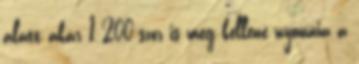
alatt akár 1 200-szor is meg kellene nyomnia a